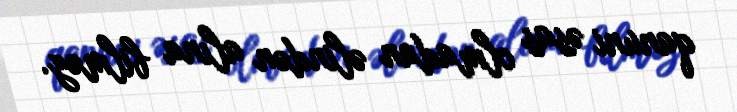
qanuni əsas olmadan əlindən alına bilməz.